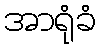
အာရုံခံ